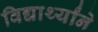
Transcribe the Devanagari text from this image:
विद्यार्थ्यांने